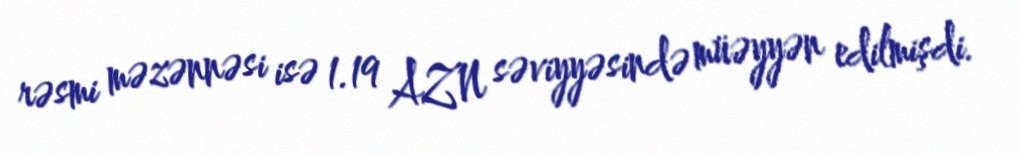
rəsmi məzənnəsi isə 1.19 AZN səviyyəsində müəyyən edilmişdi.